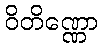
ဝိတိဏ္ဏော